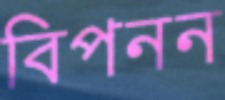
বিপনন